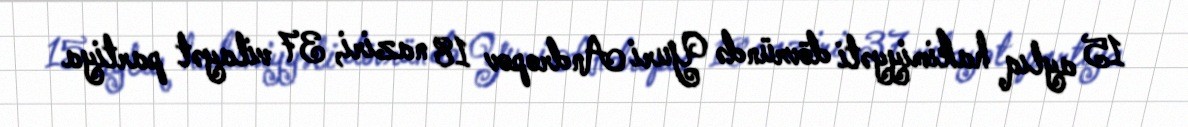
15 aylıq hakimiyyəti dövründə Yuri Andropov 18 naziri, 37 vilayət partiya